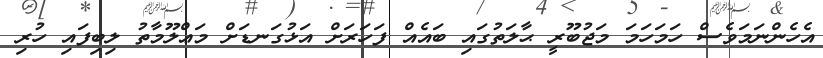
އެހެންނަމަވެސް ހަމަހަމަ މަޖުބޫރީ ޙާލަތުގައި ބައެއް ފަހަރަށް އަޅުގަނޑަށް މަޢްލޫމާތު ލިބިފައި ހުރި